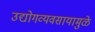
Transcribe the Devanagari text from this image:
उद्योगव्यवसायामुळे